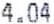
4.04